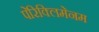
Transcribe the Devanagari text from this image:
पेरिक्लिमेनम